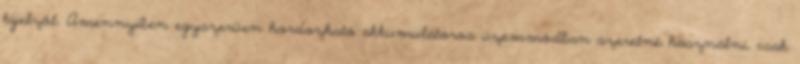
kijelzőt. Amennyiben egyszerűen hordozható akkumulátoros üzemmódban szeretné használni, csak